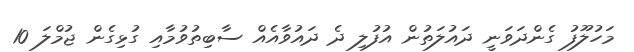
މަހުލޫފު ގެންދަވަނީ ދައުލަތުން އުފުލި ދެ ދައުވާއެއް ސާބިތުވުމާއި ގުޅިގެން ޖުމްލަ 10